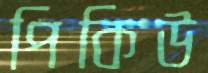
পিকিউ